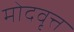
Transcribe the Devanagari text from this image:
मोदवृत्त